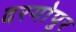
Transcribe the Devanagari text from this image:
दरगोपुर